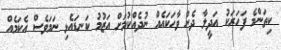
ކިތަންމެ ފަހަރަކު އަދީލާ ދެން ވާހަކައެއް ނުދެއްކުމަށް އަޒުމު ކަނޑައެޅި ނަމަވެސް އެކަމެއް